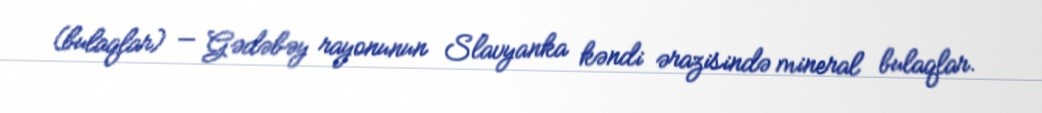
(bulaqlar) — Gədəbəy rayonunun Slavyanka kəndi ərazisində mineral bulaqlar.